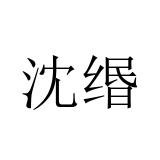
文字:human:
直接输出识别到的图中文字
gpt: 沈缗